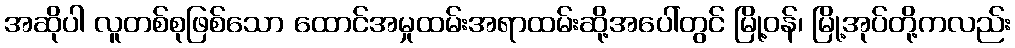
အဆိုပါ လူတစ်စုဖြစ်သော ထောင်အမှုထမ်းအရာထမ်းဆို့အပေါ်တွင် မြို့ဝန်၊ မြို့အုပ်တို့ကလည်း